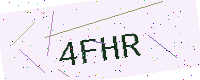
Text: 4FHR